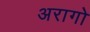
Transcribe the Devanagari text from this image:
अरागो